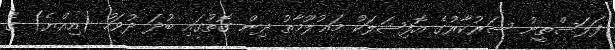
ފަލަސްތީނު ސަރުކާރުގެ އޮފިޝަލަކު މަޢުލޫމާތު ދިން ގޮތުގައި ބުދަ ދުވަހު (އިއްޔެ) ގެ